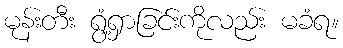
မုန်းတီး ရွံ့ရှာခြင်းကိုလည်း မခံရ။